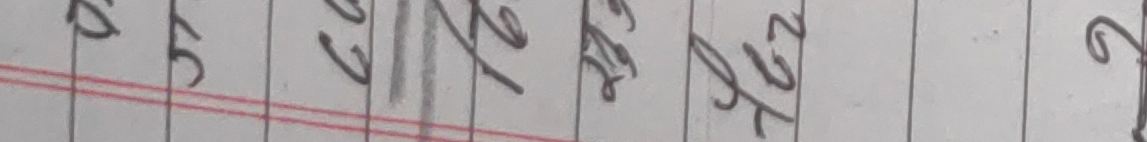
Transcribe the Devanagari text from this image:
९ ५ ७ ११ १९ २५ ९